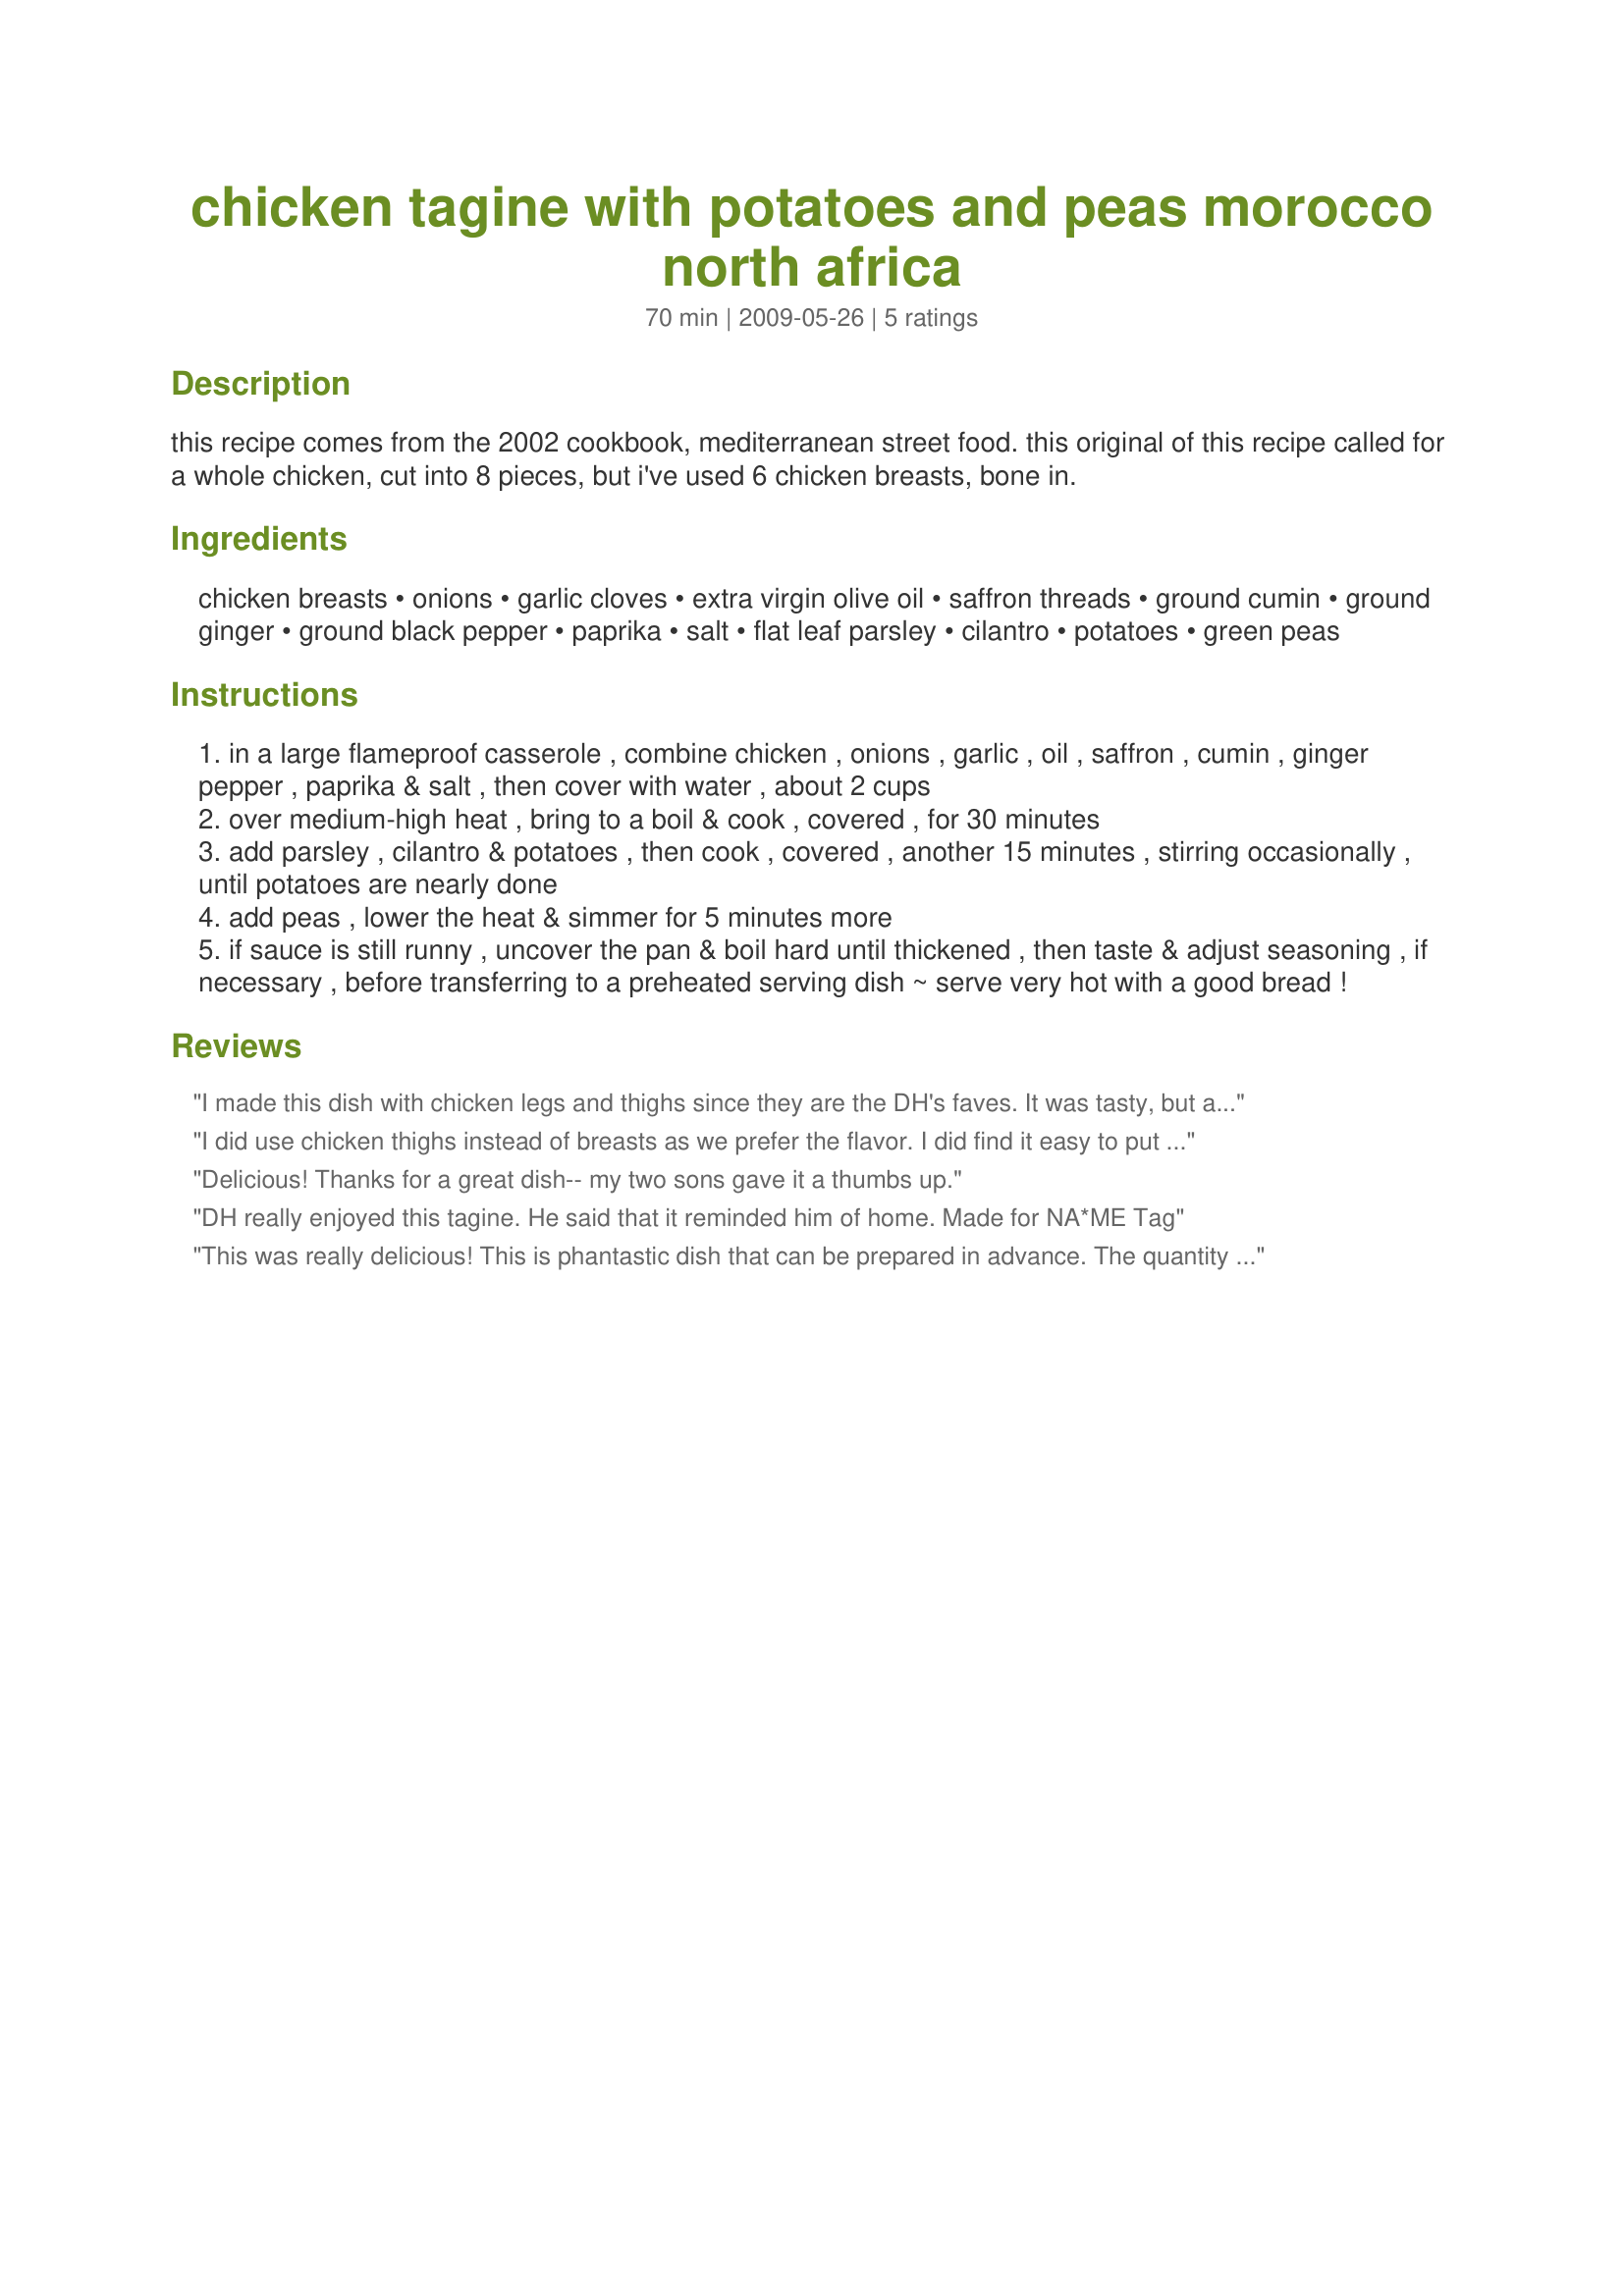
chicken tagine with potatoes and peas morocco north africa
Preparation time: 70 minutes

this recipe comes from the 2002 cookbook, mediterranean street food. this original of this recipe called for a whole chicken, cut into 8 pieces, but i've used 6 chicken breasts, bone in.

Ingredients:
chicken breasts, onions, garlic cloves, extra virgin olive oil, saffron threads, ground cumin, ground ginger, ground black pepper, paprika, salt, flat leaf parsley, cilantro, potatoes, green peas

Steps:
in a large flameproof casserole , combine chicken , onions , garlic , oil , saffron , cumin , ginger pepper , paprika & salt , then cover with water , about 2 cups
over medium-high heat , bring to a boil & cook , covered , for 30 minutes
add parsley , cilantro & potatoes , then cook , covered , another 15 minutes , stirring occasionally , until potatoes are nearly done
add peas , lower the heat & simmer for 5 minutes more
if sauce is still runny , uncover the pan & boil hard until thickened , then taste & adjust seasoning , if necessary , before transferring to a preheated serving dish ~ serve very hot with a good bread !

Reviews:
I made this dish with chicken legs and thighs since they are the DH's faves. It was tasty, but as another reviewer suggested, seemed to be lacking something. I thought it was perhaps because, not having a wide enough pot.casserole, I'd had to use quite a bit of water to cover the chicken, onions and spices, and maybe I didn't boil it down quite enough at the end. I might also try adding a little more of the spices next time as well (+ maybe a touch of cayenne?); no way can I find Harassa paste in *my* neighborhood! But it's definitely a recipe worth playing with!
I did use chicken thighs instead of breasts as we prefer the flavor.

I did find it easy to put together but felt that it was slightly lacking in a bit of 'zing' so popped in a teaspoon of Harassa paste. It made all the difference, thanks for posting, i will make it again.
Delicious! Thanks for a great dish-- my two sons gave it a thumbs up.
DH really enjoyed this tagine. He said that it reminded him of home. Made for NA*ME Tag
This was really delicious! <br/>This is phantastic dish that can be prepared in advance. The quantity of spices depends on your taste and on the quality of them! I think you can't really do something wrong with this recipe.<br/>I prepared at the same time some fresh bread and we enjoyed both together.<br/>Thanks a lor for posting this recipe.
